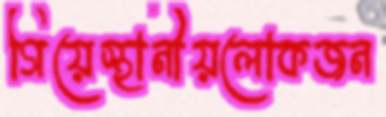
গিয়েস্থানীয়লোকজন